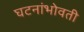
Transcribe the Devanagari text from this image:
घटनांभोवती